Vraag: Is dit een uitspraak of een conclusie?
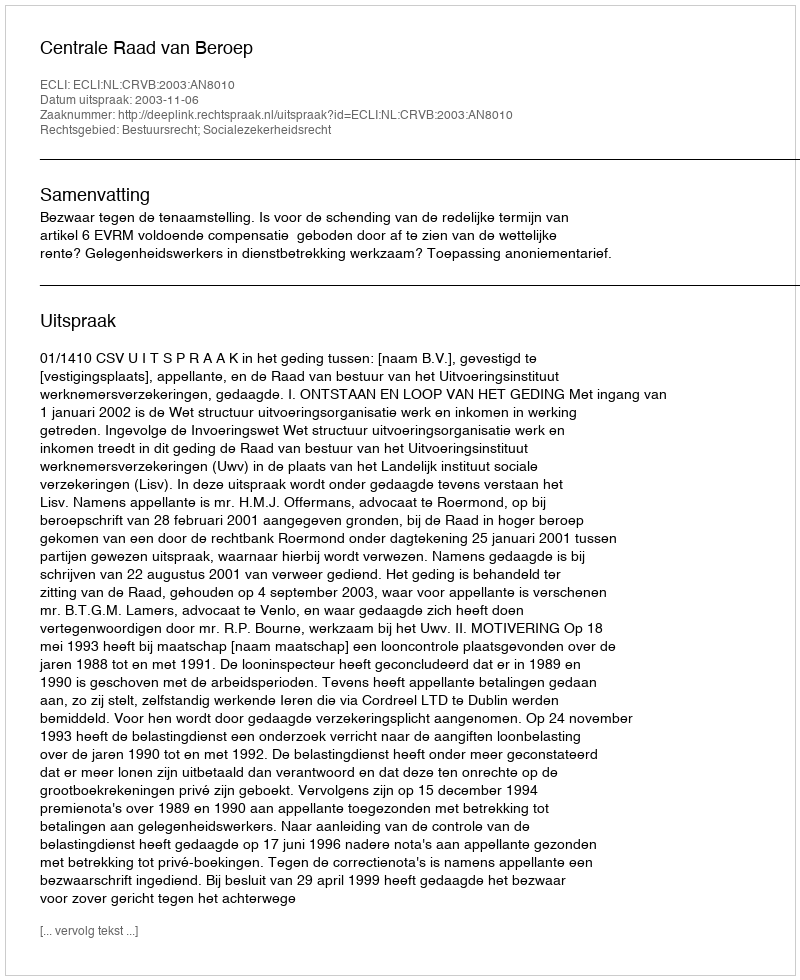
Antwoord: Uitspraak